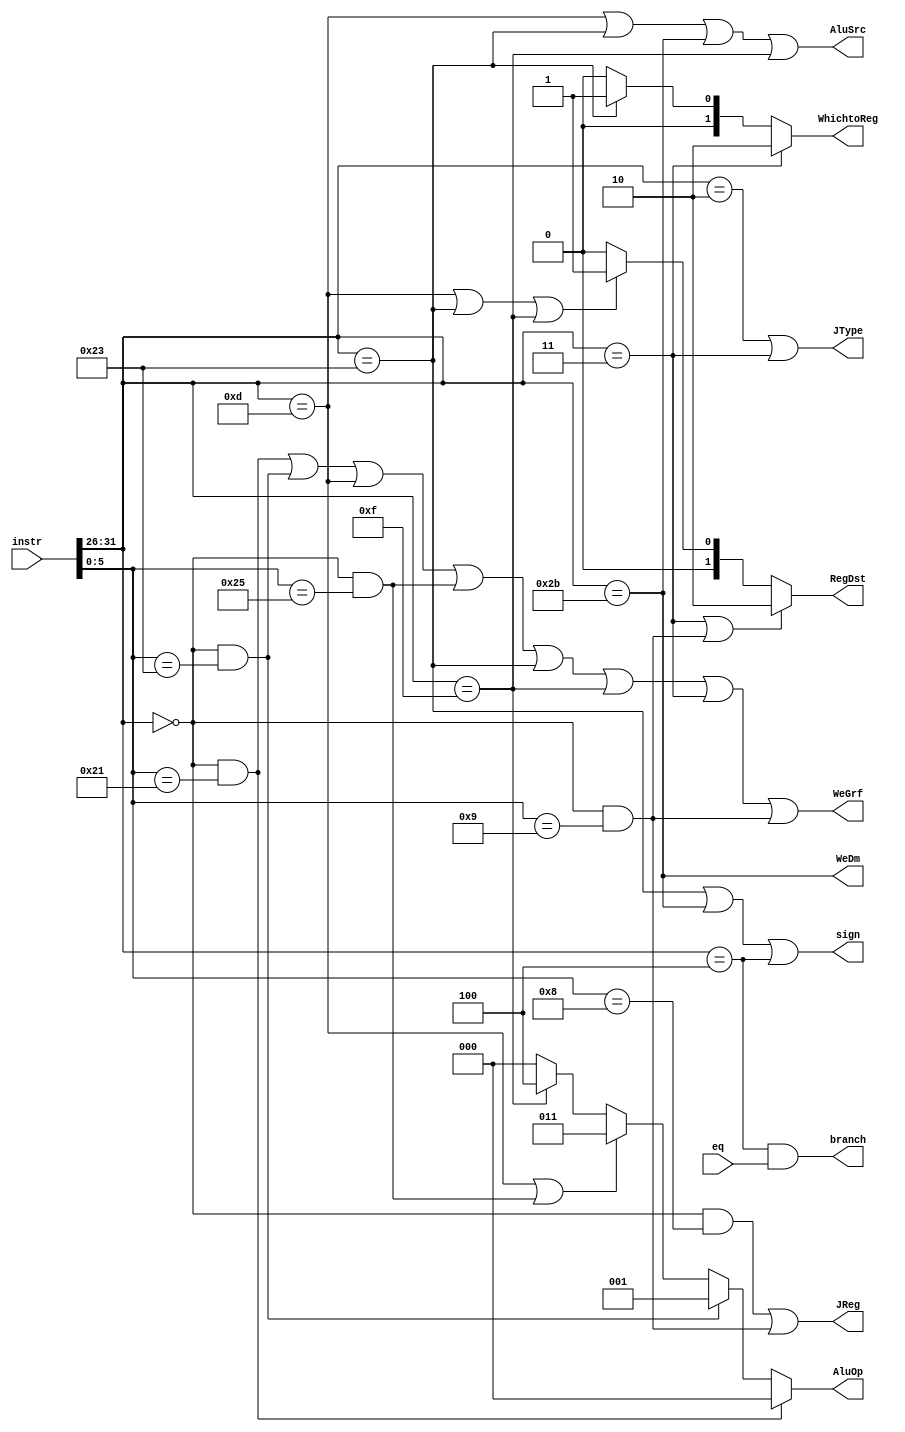
`timescale 1ns / 1ps
//////////////////////////////////////////////////////////////////////////////////
// Company: 
// Engineer: 
// 
// Design Name: 
// Module Name:    control 
// Project Name: 
// Target Devices: 
// Tool versions: 
// Description: 
//
// Dependencies: 
//
// Revision: 
// Revision 0.01 - File Created
// Additional Comments: 
//
//////////////////////////////////////////////////////////////////////////////////
module control(
    input eq,
    input [31:0] instr,
    output WeGrf,
    output WeDm,
    output [1:0] RegDst,
    output [1:0] WhichtoReg,
    output AluSrc,
    output [2:0] AluOp,
    output sign,
	output branch,
    output JType,
    output JReg
    );
	
	wire [5:0] op, func;
	assign op = instr[31:26];
	assign func = instr[5:0];
	wire addu, subu, ori, lw, sw, beq, lui, jal, nop, orw;
	
	

	assign addu = (op == 6'b000000)&(func == 6'b100001);
	assign subu = (op == 6'b000000)&(func == 6'b100011);
	
	assign lui = (op == 6'b001111);
	assign ori = (op == 6'b001101);
	
	assign lw = (op == 6'b100011);
	assign sw = (op == 6'b101011);
	assign beq = (op == 6'b000100);
	
	assign jal = (op == 6'b000011);
	assign j = (op == 6'b000010);
	
	assign jr = (op == 6'b000000)&(func == 6'b001000);
	assign jalr = (op == 6'b000000)&(func == 6'b001001);
	
	assign orw = (op == 6'b000000) & (func == 6'b100101);	// "or" is a key word
	assign nop= (op == 6'b000000)&(func == 6'b000000);
	
	// WE
	assign WeGrf = addu || subu|| ori || orw || lw || lui || jal || jalr;
	assign WeDm = sw;
	
	assign RegDst = (jal || jalr) ? 2'b10 :			// $31
					(ori|| lw || lui) ? 2'b01 :	// rt
					2'b00;					// rd
	
	// WhichtoReg
	// choose from PC4 / MemRead / res
	assign WhichtoReg =	jal	? 2'b10 :	// PC4
						lw	? 2'b01 :	// Memread
						2'b00;			// res
	
	// AluSrc
	assign AluSrc = ori|lw|sw|lui;
	
	// AluOp
	
	assign AluOp =	addu ?	3'b000 :
					subu ?	3'b001 :
					// and is 010, "and" is a key word
					ori|orw?	3'b011 :
					lui ?	3'b100 :
					0;
	
	// sign
	assign sign = lw|sw|beq;
	
	// branch
	assign branch = beq&eq;
	
	
	// JType
	assign JType = j|jal;
	
	// JReg
	assign JReg = jr || jalr;


endmodule